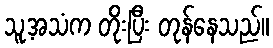
သူ့အသံက တိုးပြီး တုန်နေသည်။